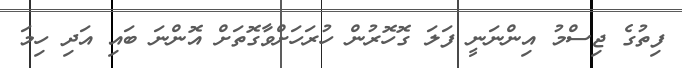
ފިތުގެ ޖިސްމު އިންނަނީ ފަލަ ގޮހޮރުން ހުރަހަށްވާގޮތަށް އޮންނަ ބައި އަދި ހިމަ